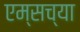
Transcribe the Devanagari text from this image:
एम्सच्या